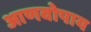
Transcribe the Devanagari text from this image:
आणवोपाय